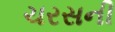
ચરસની